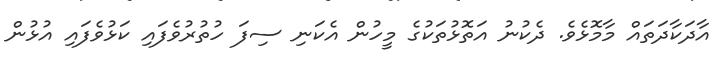
އާދަކާދަތައް މާމޮޅެވެ. ދެކުނު އަތޮޅުތަކުގެ މީހުން އެކަނި ސިފަ ހުތުރުވެފައި ކަޅުވެފައި އުޅުން